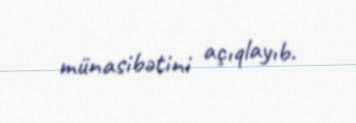
münasibətini açıqlayıb.